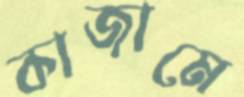
কাজামে